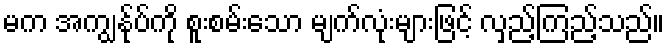
မက အကျွန်ုပ်ကို စူးစမ်းသော မျက်လုံးများဖြင့် လှည့်ကြည့်သည်။